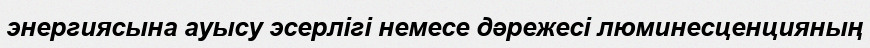
энергиясына ауысу эсерлігі немесе дәрежесі люминесценцияның